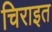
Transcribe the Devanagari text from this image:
चिराइत